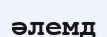
әлемд